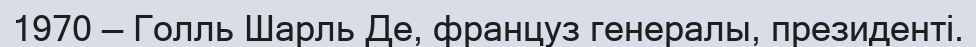
1970 — Голль Шарль Де, француз генералы, президенті.